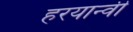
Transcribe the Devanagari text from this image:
हरयान्वी